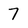
Character: 7